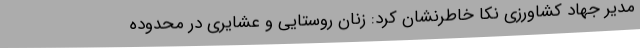
مدیر جهاد کشاورزی نکا خاطرنشان کرد: زنان روستایی و عشایری در محدوده